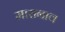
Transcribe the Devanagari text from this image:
मारानाव